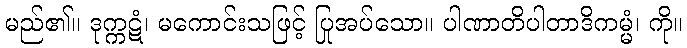
မည်၏။ ဒုက္ကဋံ၊ မကောင်းသဖြင့် ပြုအပ်သော။ ပါဏာတိပါတာဒိကမ္မံ၊ ကို။